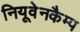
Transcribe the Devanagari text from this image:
नियूवेनकैम्प